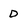
Character: D